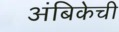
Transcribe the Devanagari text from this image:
अंबिकेची